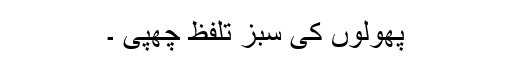
پھولوں کی سبز تلفظ چھپی ۔